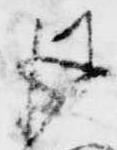
彼